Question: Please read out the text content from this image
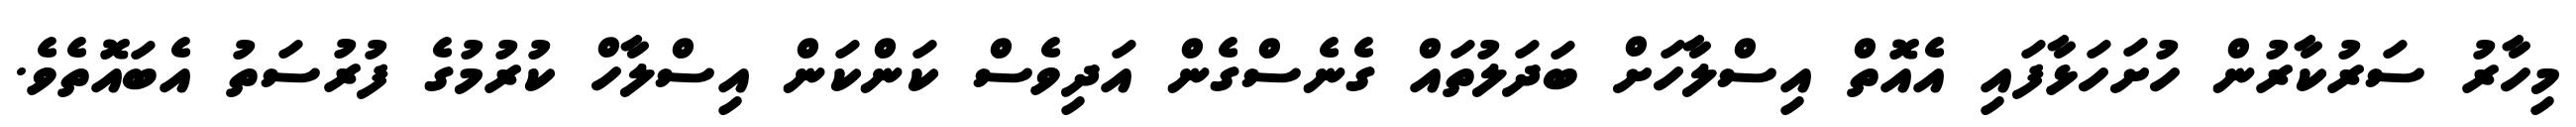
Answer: މިހާރު ސަރުކާރުން ހުށަހަޅާފައި އެއޮތް އިސްލާހަށް ބަދަލުތައް ގެނެސްގެން އަދިވެސް ކަންކަން އިސްލާހް ކުރުމުގެ ފުރުސަތު އެބައޮތެވެ.